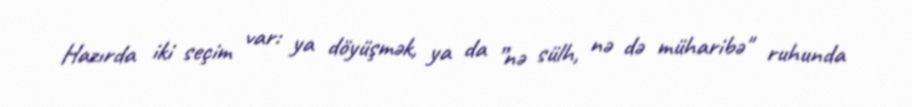
Hazırda iki seçim var: ya döyüşmək, ya da ”nə sülh, nə də müharibə" ruhunda